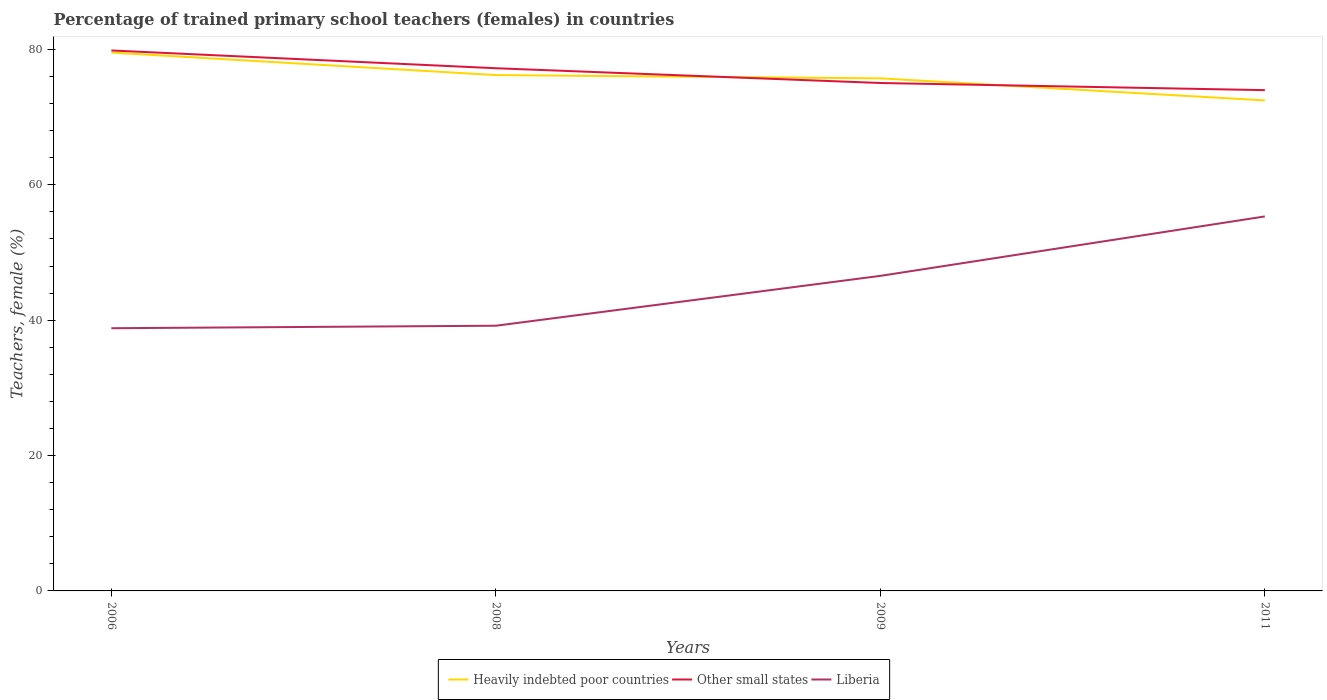
| Years | Heavily indebted poor countries | Other small states | Liberia |
 | --- | --- | --- | --- |
 | 2006 | 79.5 | 79.8 | 38.8 |
 | 2008 | 76.2 | 77.2 | 39.2 |
 | 2009 | 75.7 | 75 | 46.5 |
 | 2011 | 72.5 | 74 | 55.3 |